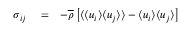
\begin{array} { r l r } { \sigma _ { i j } } & { { } = } & { - \overline { { \rho } } \left[ \langle { \langle u _ { i } \rangle \langle u _ { j } \rangle } \rangle - \langle u _ { i } \rangle \langle u _ { j } \rangle \right] } \end{array}